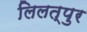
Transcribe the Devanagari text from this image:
लिलत्पुर